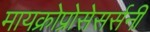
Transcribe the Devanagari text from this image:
मायक्रोप्रोसेसर्सनी